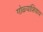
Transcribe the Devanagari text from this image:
गोळ्यांशिवाय